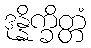
ဒုန္နိက္ခိတ္တံ